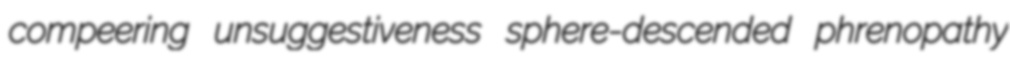
compeering unsuggestiveness sphere-descended phrenopathy